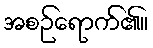
အစဉ်ရောက်၏။